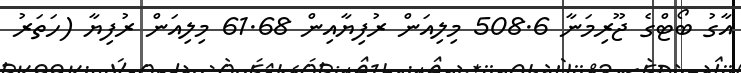
އާގު ބޯޓްގެ ޖޫރިމަނާ 508.6 މިލިއަން ރުފިޔާއިން 61.68 މިލިއަން ރުފިޔާ (ހަތަރު